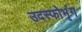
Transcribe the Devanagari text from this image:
उदस्फोभृंग